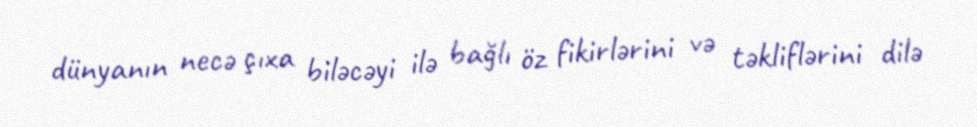
dünyanın necə çıxa biləcəyi ilə bağlı öz fikirlərini və təkliflərini dilə